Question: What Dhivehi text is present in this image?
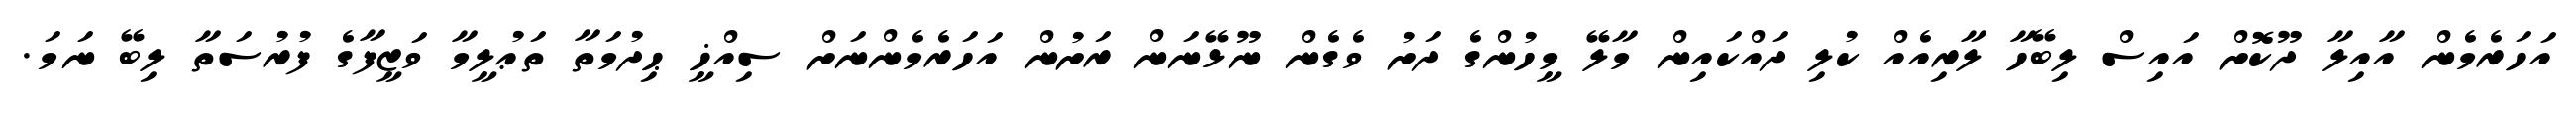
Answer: އަހަރެމެން އާއިލާ ދޫކޮށް އައިސް ލިބޭހާ ލާރިއެއް ކުލި ދައްކައިން މާލޭ މީހުންގެ ދަށު ވެގެން ނޫޅޭނަން ރަށުން އަހަރެމެންނަށް ސިއްޚީ ޙިދުމަތާ ތަޢުލީމާ ވަޒީފާގެ ފުރުސަތާ ލިބޭ ނަމަ.